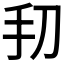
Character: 𫼔